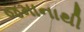
જમાનાથી